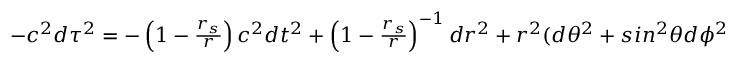
\begin{array} { l } { - c ^ { 2 } d \tau ^ { 2 } = - \left( 1 - \frac { r _ { s } } { r } \right) c ^ { 2 } d t ^ { 2 } + \left( 1 - \frac { r _ { s } } { r } \right) ^ { - 1 } d r ^ { 2 } + r ^ { 2 } ( d \theta ^ { 2 } + s i n ^ { 2 } \theta d \phi ^ { 2 } ) , } \end{array}